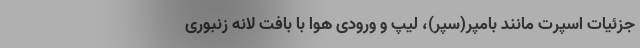
جزئیات اسپرت مانند بامپر(سپر)، لیپ و ورودی هوا با بافت لانه زنبوری